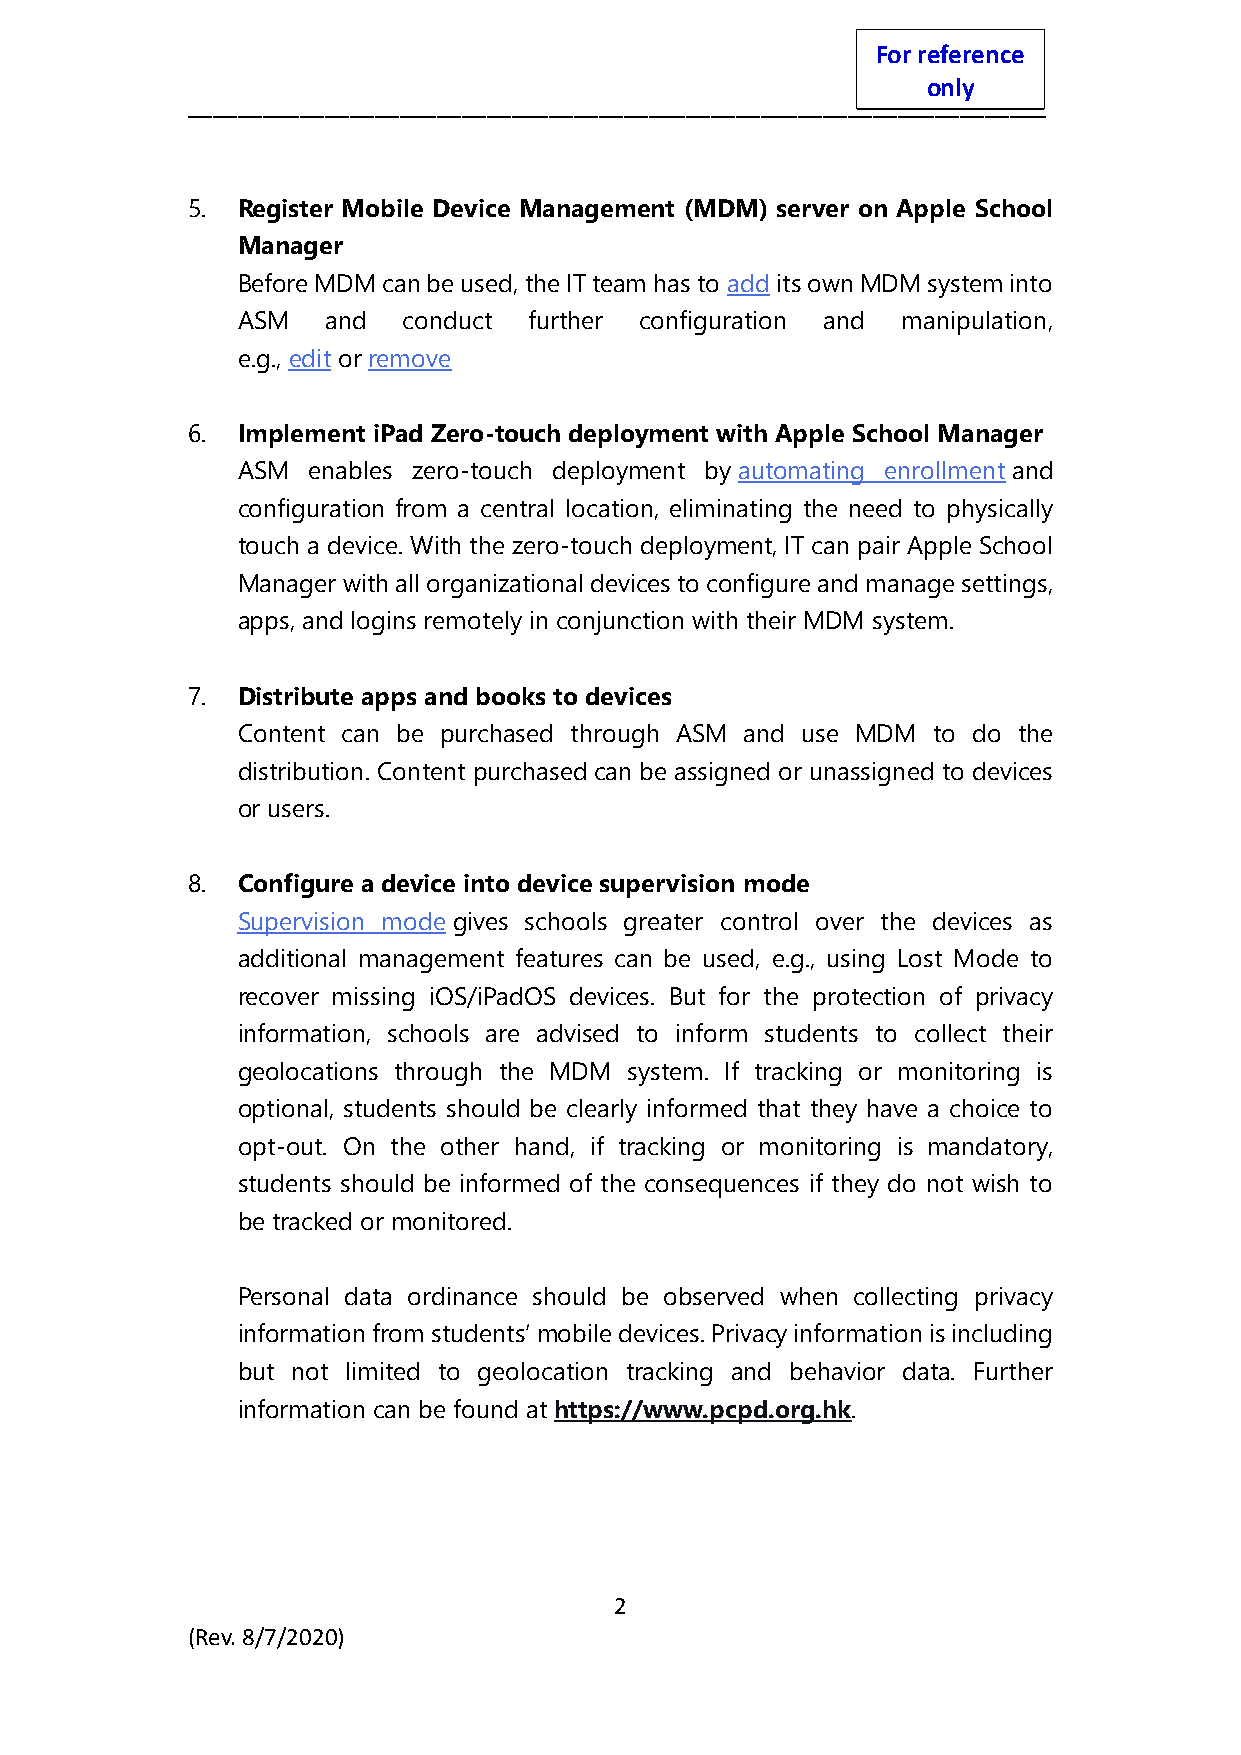
For reference
 only
 _____________________________________________________________________
 5.  Register Mobile Device Management (MDM) server on Apple School
 Manager
 Before MDM can be used, the IT team has to add its own MDM system into
 ASM   and  conduct further configuration and manipulation,
 e.g., edit or remove
 6.  Implement iPad Zero-touch deployment with Apple School Manager
 ASM enables zero-touch deployment by automating enrollment and
 configuration from a central location, eliminating the need to physically
 touch a device. With the zero-touch deployment, IT can pair Apple School
 Manager with all organizational devices to configure and manage settings,
 apps, and logins remotely in conjunction with their MDM system.
 7.  Distribute apps and books to devices
 Content can be purchased through ASM and use MDM to do the
 distribution. Content purchased can be assigned or unassigned to devices
 or users.
 8.  Configure a device into device supervision mode
 Supervision mode gives schools greater control over the devices as
 additional management features can be used, e.g., using Lost Mode to
 recover missing iOS/iPadOS devices. But for the protection of privacy
 information, schools are advised to inform students to collect their
 geolocations through the MDM system. If tracking or monitoring is
 optional, students should be clearly informed that they have a choice to
 opt-out. On the other hand, if tracking or monitoring is mandatory,
 students should be informed of the consequences if they do not wish to
 be tracked or monitored.
 Personal data ordinance should be observed when collecting privacy
 information from students’ mobile devices. Privacy information is including
 but not limited to geolocation tracking and behavior data. Further
 information can be found at https://www.pcpd.org.hk.
 2
 (Rev. 8/7/2020)